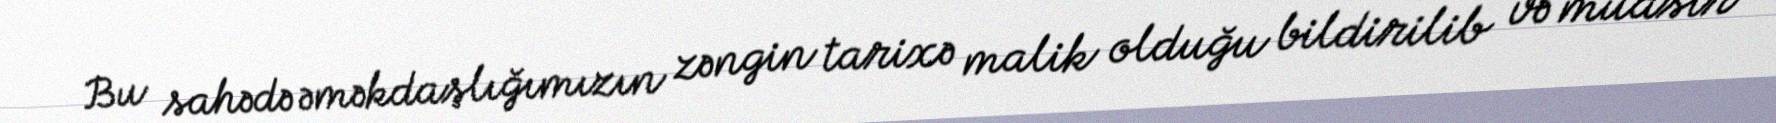
Bu sahədə əməkdaşlığımızın zəngin tarixə malik olduğu bildirilib və müasir